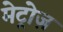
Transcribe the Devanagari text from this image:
मेट्रोज़